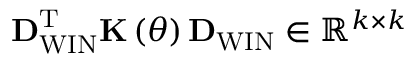
{ \bf D } _ { \mathrm { W I N } } ^ { \mathrm { T } } { \bf K } \left( \theta \right) { \bf D } _ { \mathrm { W I N } } \in { { \mathbb { R } } ^ { k \times k } }